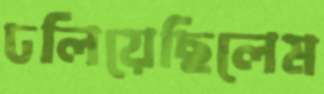
ঢলিয়েছিলেম